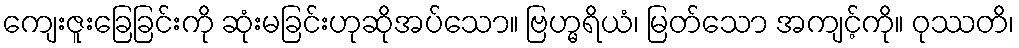
ကျေးဇူးခြေခြင်းကို ဆုံးမခြင်းဟုဆိုအပ်သော။ ဗြဟ္မရိယံ၊ မြတ်သော အကျင့်ကို။ ဝုဿတိ၊